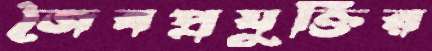
জৈবপ্রযুক্তির